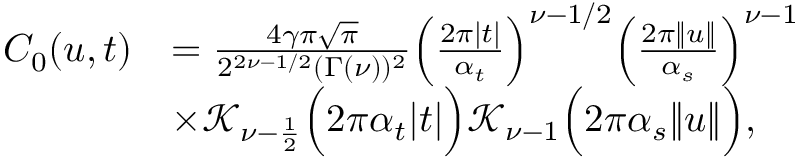
\begin{array} { r l } { C _ { 0 } ( u , t ) } & { = \frac { 4 \gamma \pi \sqrt \pi } { 2 ^ { 2 \nu - 1 / 2 } ( \Gamma ( \nu ) ) ^ { 2 } } \Big ( \frac { 2 \pi \lvert t \rvert } { \alpha _ { t } } \Big ) ^ { \nu - 1 / 2 } \Big ( \frac { 2 \pi \| u \| } { \alpha _ { s } } \Big ) ^ { \nu - 1 } } \\ & { \times \mathcal { K } _ { \nu - \frac { 1 } { 2 } } \Big ( 2 \pi \alpha _ { t } \lvert t \rvert \Big ) \mathcal { K } _ { \nu - 1 } \Big ( 2 \pi \alpha _ { s } \| u \| \Big ) , } \end{array}